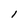
Character: l